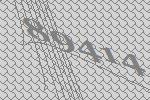
89414